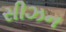
સીઝન